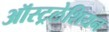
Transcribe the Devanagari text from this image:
ऑस्ट्रलेशियन